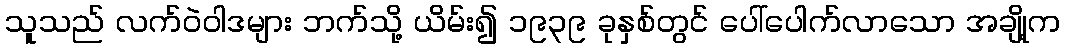
သူသည် လက်ဝဲဝါဒများ ဘက်သို့ ယိမ်း၍ ၁၉၃၉ ခုနှစ်တွင် ပေါ်ပေါက်လာသော အချို့က